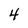
Character: 4